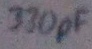
Text: 330pF